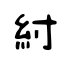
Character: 紨